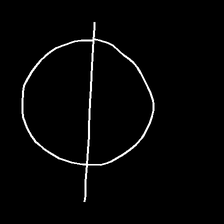
Glyph: orb